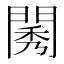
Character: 𨴷